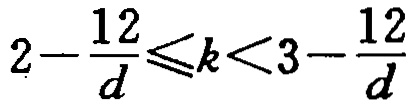
\(2-\frac{12}{d}\leqslant k<3-\frac{12}{d}\)